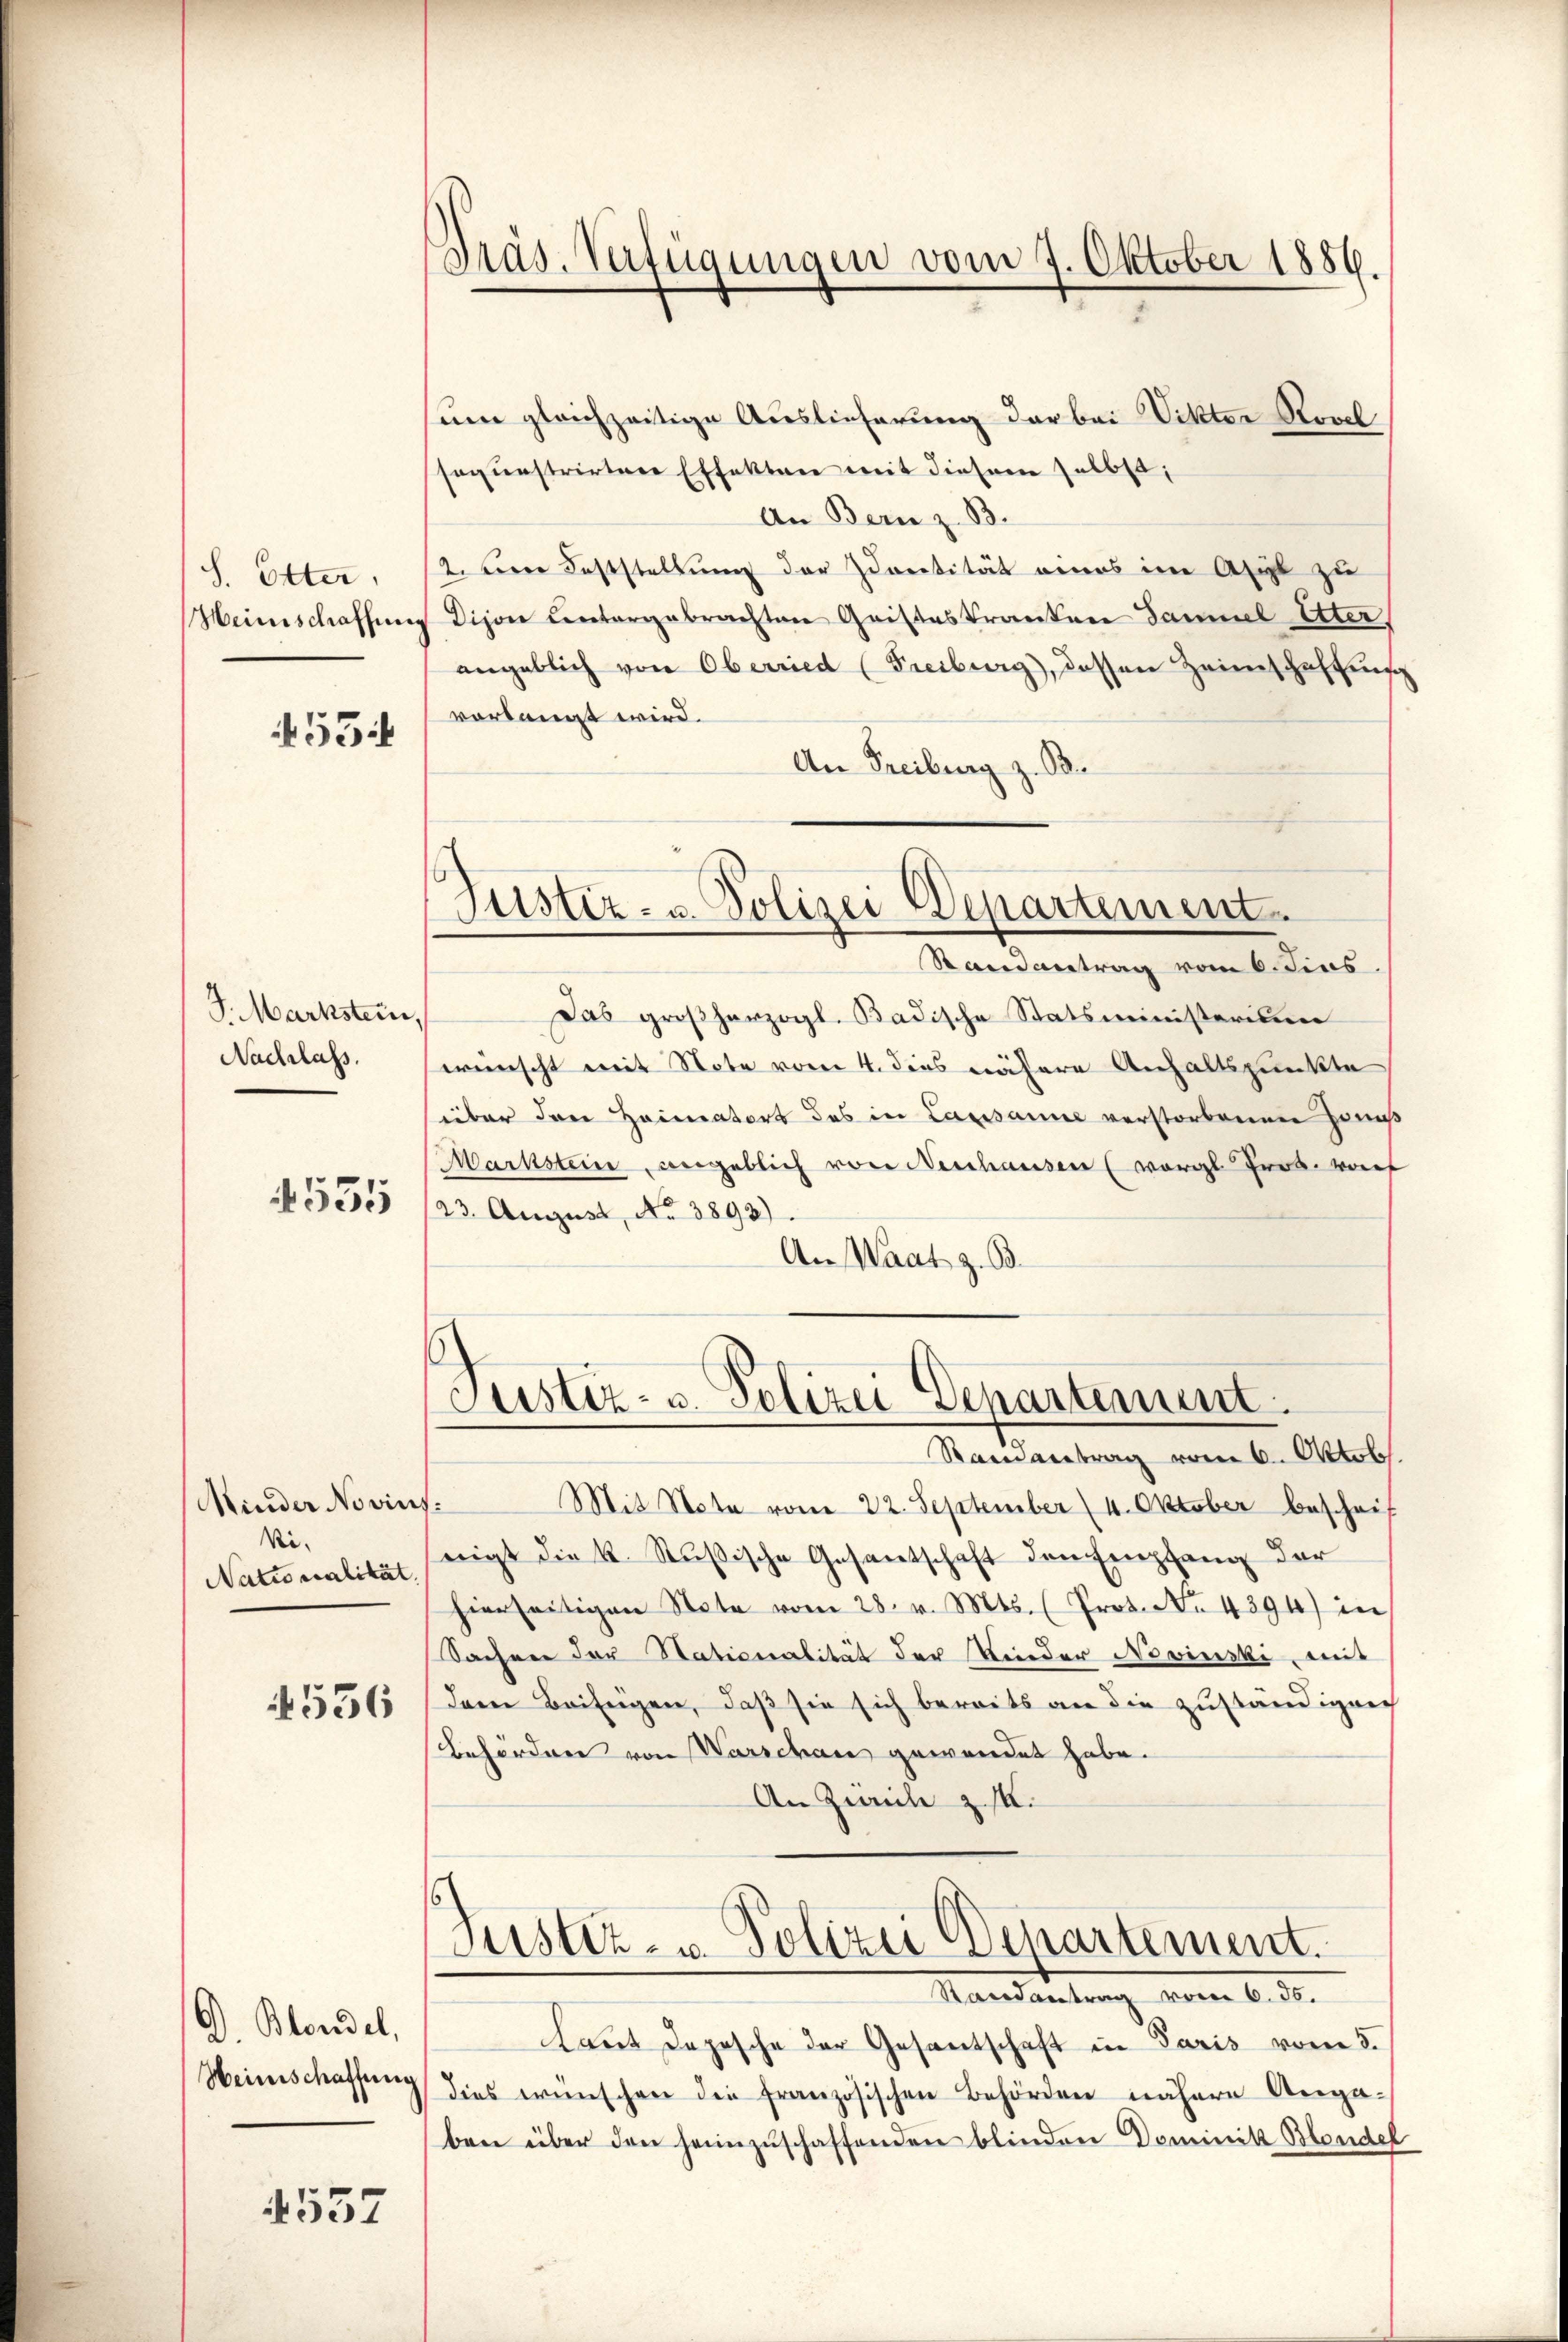
S. Etter,
Heinschaffung

53

S. Markstein,
Nachlass.

4535

(Minder Novins:
Vi-
Nationalität.

4536

Blondel,
Weinschaffung

557

Präs. Verfügungen vom 7. Oktober 1886.

sum gleichzeitige Auslieferung der bei Vikter Rovel
soquestrirtere Effekten mit diesem selbst,
An Bern z. B.
2. Herr Feststellung der Identität eines im Asyl zu
Dijon Centergebrachten Geisteskranken Sammel Unter,
angeblich von Oberried (Freiburg), dessen Heimschaffung
vorlangt wird.
An Freiburg z. B.

Justiz- u. Polizei Departement.
Randantrag vom 6. Fins

Justiz- u. Polizei Departement

Justiz- u. Polizei Departement.
Randantrag vom 6. ds.

Das großherzogl. Badische Statsministerium
.
wünscht mit Note vom 4. dies nähere Anhaltspunkte
über den Heimators des in Lausanne verstorbenen Hono
Markstein, angeblich von Neuhausen (vergl. Prob. von
23. August, No 3893)
An Waat z. B.

Ramantrag vom 6. Oktob
Mit Note vom 22. September (4. Oktober beschrif
nigt die k. Rußische Gesantschaft den Empfang der
hierseitigen Note vom 28. v. Mts. (Prot. No 4394) in
Sachen der Stationalität der Minder Novinski mit
dem Beifügen, daß sie sich bereits an die zuständigen
Befordnen von Warschau gewendet habe.
An Zwicke z. 18.

laut Depesche der Gesantschaft in Paris vom 5.
dies wünschen die französischen Behörden nähere Anga-
ben über den heimzuschaffenden blinden Dominik Blondel